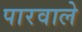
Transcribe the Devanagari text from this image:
पारवाले